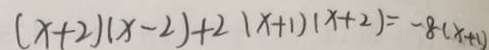
( x + 2 ) ( x - 2 ) + 2 ( x + 1 ) ( x + 2 ) = - 8 ( x + 1 )